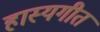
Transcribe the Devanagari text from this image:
हास्यगीत